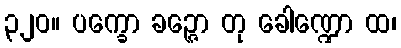
၃၂၀။ ပက္ခော ခဉ္ဇော တု ခေါဏ္ဍော ထ၊